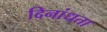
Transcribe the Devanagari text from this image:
दिनांधता